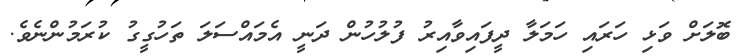
ބޮލަށް ވަޅި ހަރައި ހަމަލާ ދީފައިވާއިރު ފުލުހުން ދަނީ އެމައްސަލަ ތަހުގީގު ކުރަމުންނެވެ.